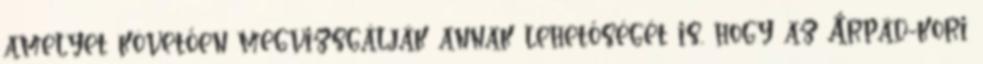
amelyet követően megvizsgálják annak lehetőségét is, hogy az Árpád-kori